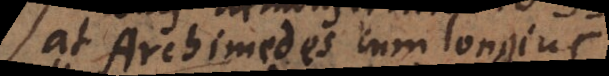
at Archimedes cum longius